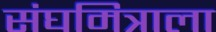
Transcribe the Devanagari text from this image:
संघमित्राला